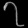
Digit: ၇